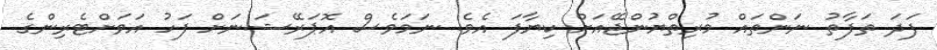
ފަދަ ތަފާތު ނަންތައް މުރިތްޔުންޖޭއަށް ކިޔާފަ އެވެ. ނަމަވެސް އޮޕަރޭޝަނަށް ފަހު އަވަށްޓެރިންގެ